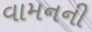
વામનની